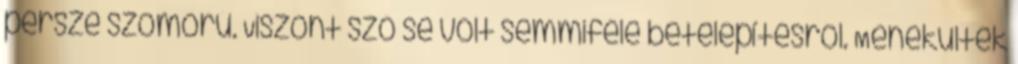
persze szomorú. Viszont szó se volt semmiféle betelepítésről. Menekültek